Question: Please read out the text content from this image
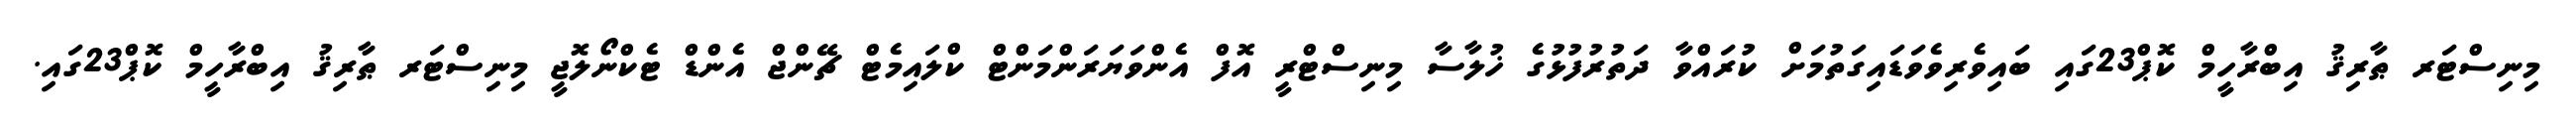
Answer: މިނިސްޓަރ ޠާރިޤު އިބްރާހީމް ކޮޕް23ގައި ބައިވެރިވެވަޑައިގަތުމަށް ކުރައްވާ ދަތުރުފުޅުގެ ޚުލާސާ މިނިސްޓްރީ އޮފް އެންވަޔަރަންމަންޓް ކްލައިމެޓް ޗޭންޖް އެންޑް ޓެކްނޯލޮޖީ މިނިސްޓަރ ޠާރިޤު އިބްރާހީމް ކޮޕް23ގައި.